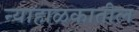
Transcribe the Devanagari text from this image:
न्याहाळकातील